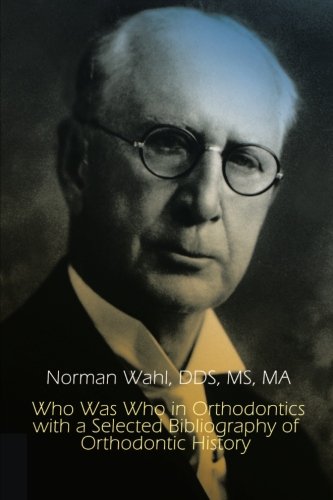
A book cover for Who Was Who in Orthodontics with a Selected Bibliography of Orthodontic History (1st Books Library); Norman Wahl DDS; Medical Books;